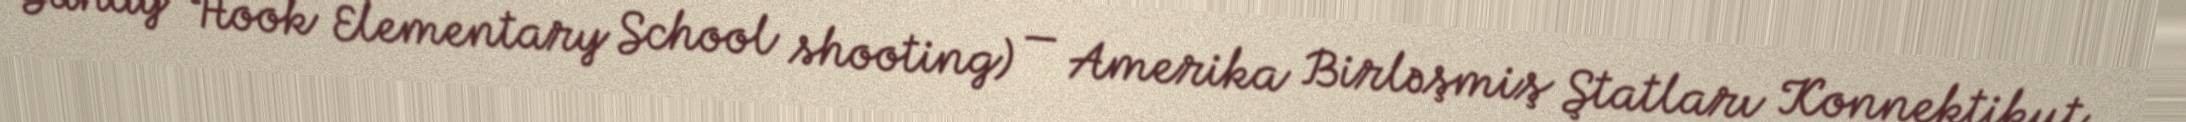
Sandy Hook Elementary School shooting) — Amerika Birləşmiş Ştatları Konnektikut